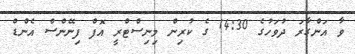
ވާ އަންގާރަ ދުވަހުގެ 14:30 ގެ ކުރިން މިނިސްޓްރީ އޮފް ފިނޭންސް އެންޑް